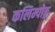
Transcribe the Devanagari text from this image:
कलिम्पोङ्ग